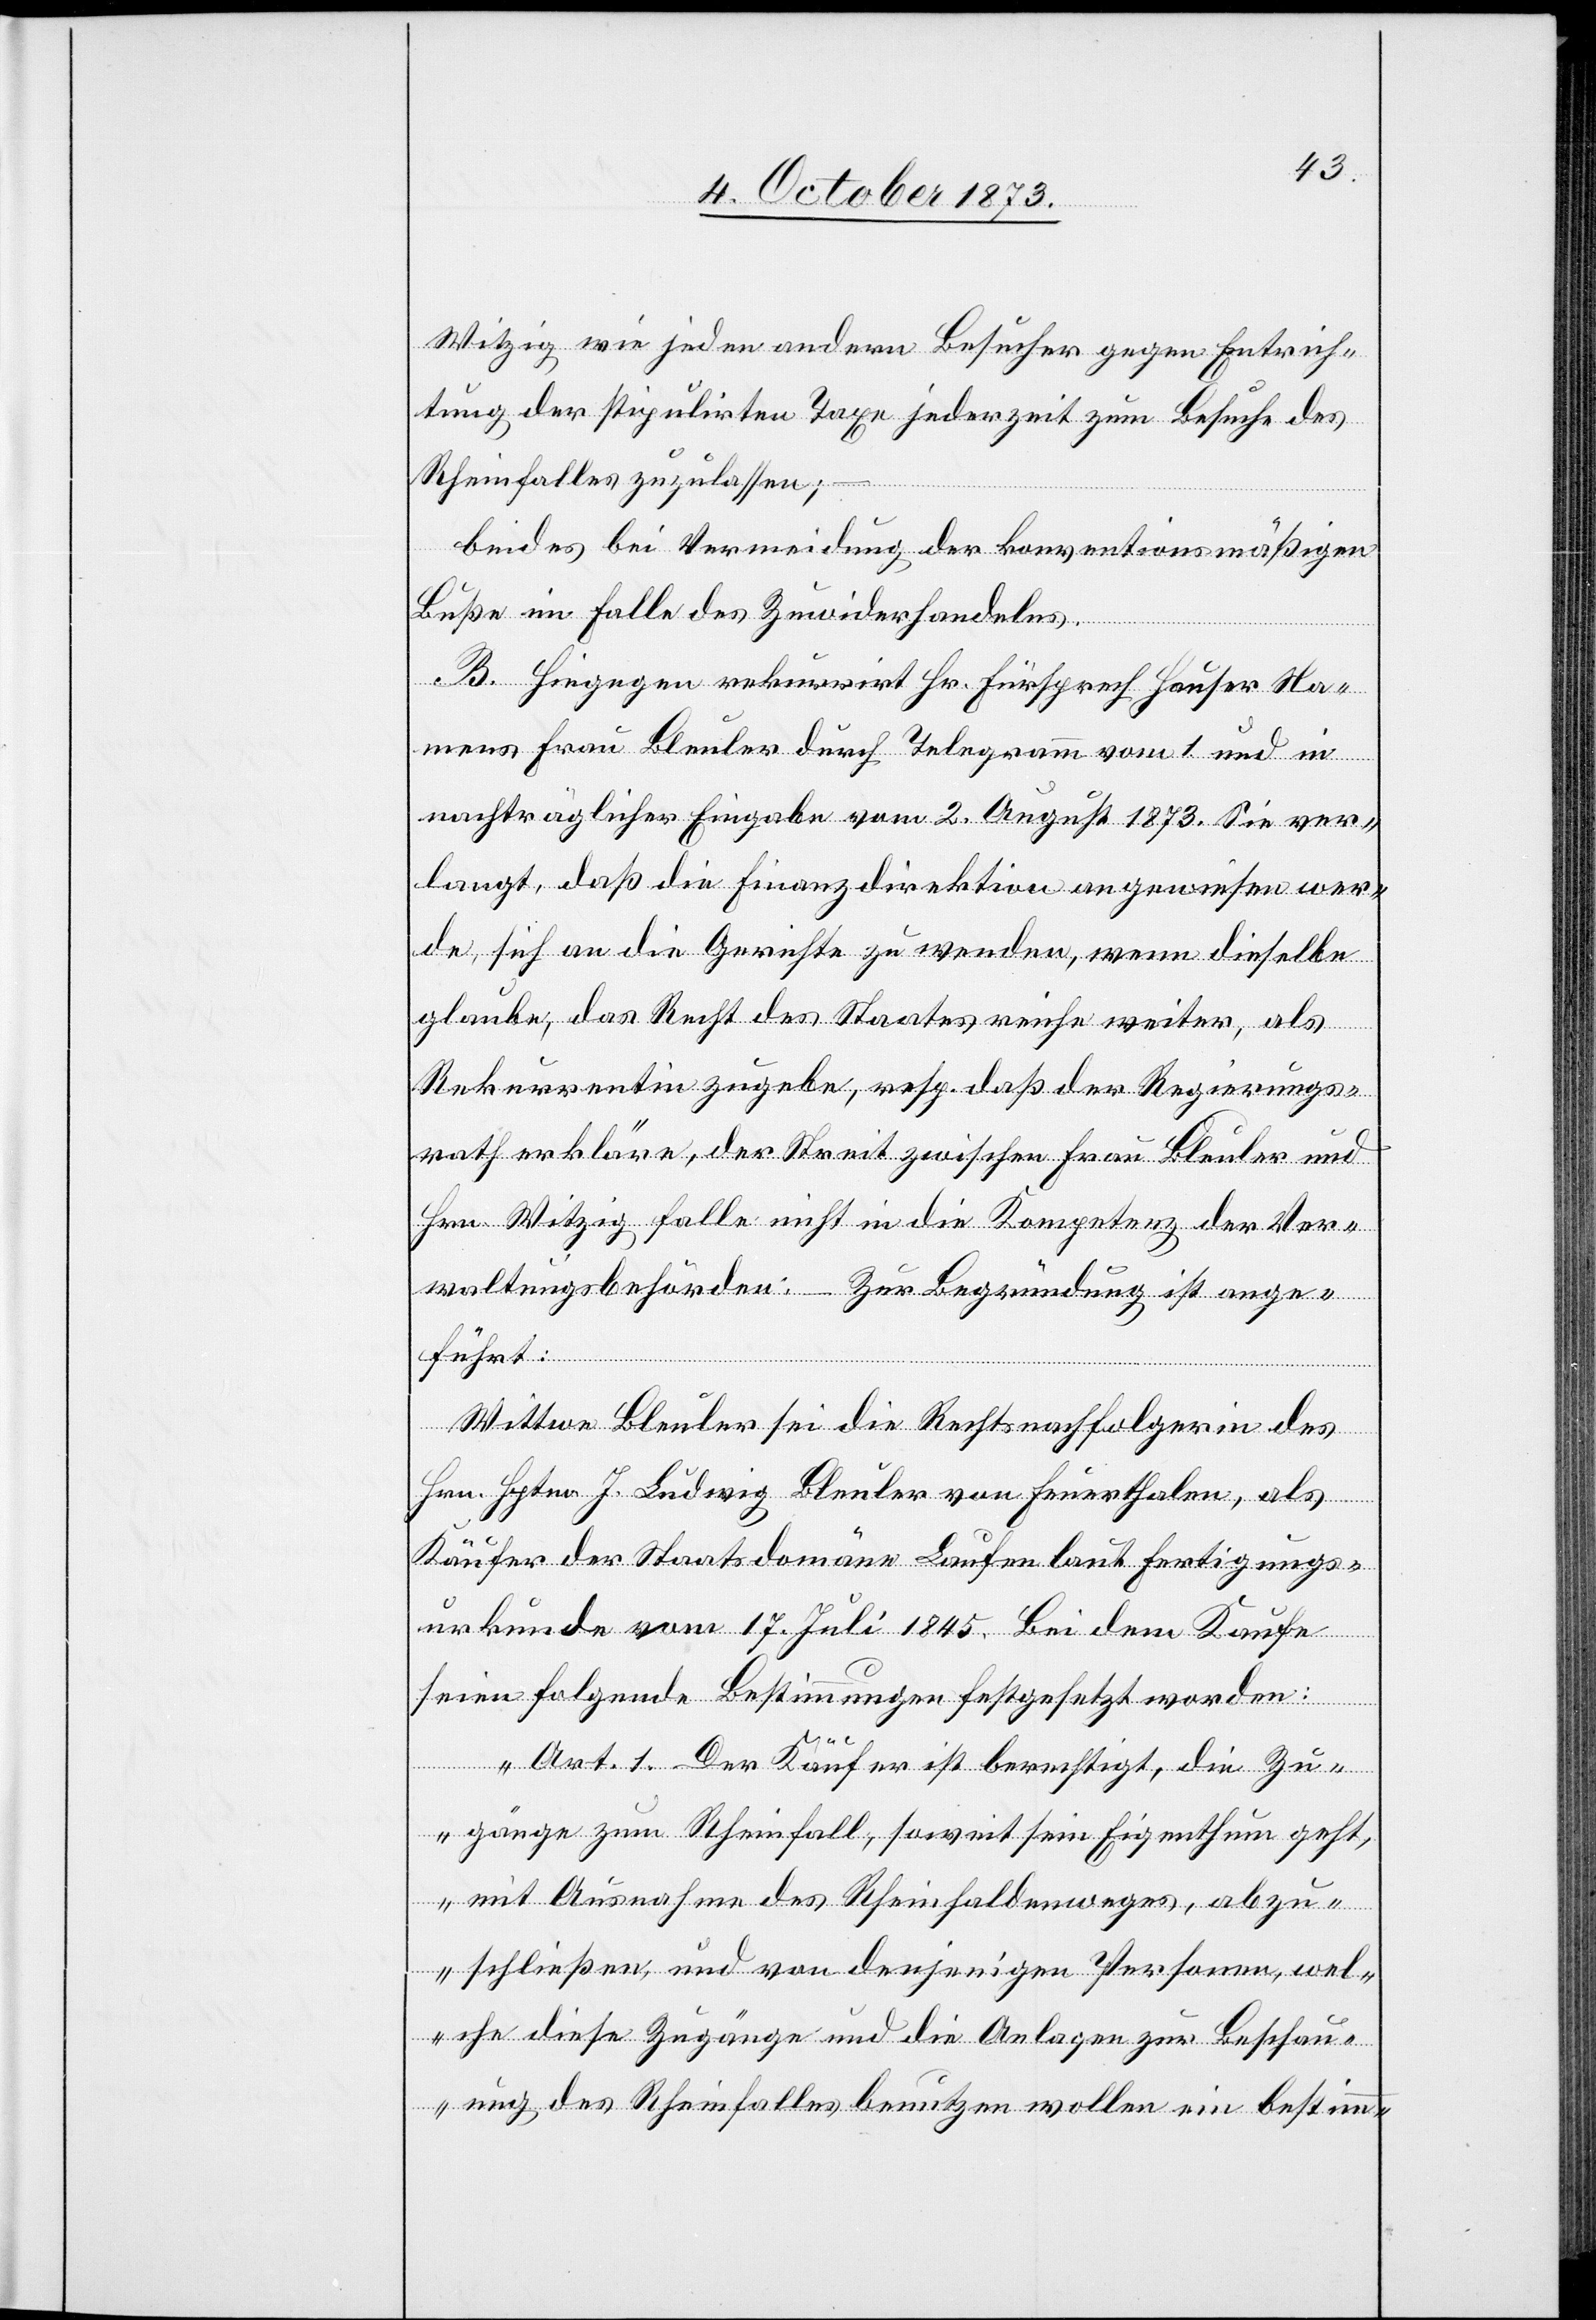
Witzig wie jeden andern Besucher gegen Entrich¬
tung der stipulirten Taxe jederzeit zum Besuche des
Rheinfalles zuzulassen;
–
beides bei Vermeidung der konventionsmäßigen
Buße im Falle des Zuwiderhandelns.
B. Hiegegen rekurrirt Hr. Fürsprech Hauser Na¬
mens Frau Bleuler durch Telegramm vom 1. und in
nachträglicher Eingabe vom 2. August 1873. Sie ver¬
langt, daß die Finanzdirektion angewiesen wer¬
de, sich an die Gerichte zu wenden, wenn dieselbe
glaube, das Recht des Staates reiche weiter, als
Rekurrentin zugebe, resp. daß der Regierungs¬
rath erkläre, der Streit zwischen Frau Bleuler und
Hrn. Witzig falle nicht in die Kompetenz der Ver¬
waltungsbehörden: – Zur Begründung ist ange¬
führt:
Wittwe Bleuler sei die Rechtsnachfolgerin des
Hrn. Hptm. J. Ludwig Bleuler von Feuerthalen, als
Käufer der Staatsdomäne Laufen laut Fertigungs¬
urkunde vom 17. Juli 1845. Bei dem Kaufe
seien folgende Bestimmungen festgesetzt worden:
„Art. 1. Der Käufer ist berechtigt, die Zu¬
gänge zum Rheinfall, soweit sein Eigenthum geht,
mit Ausnahme des Rheinhaldenweges, abzu¬
schließen, und von denjenigen Personen, wel¬
che diese Zugänge und die Anlagen zur Beschau¬
ung des Rheinfalles benutzen wollen ein bestimm-